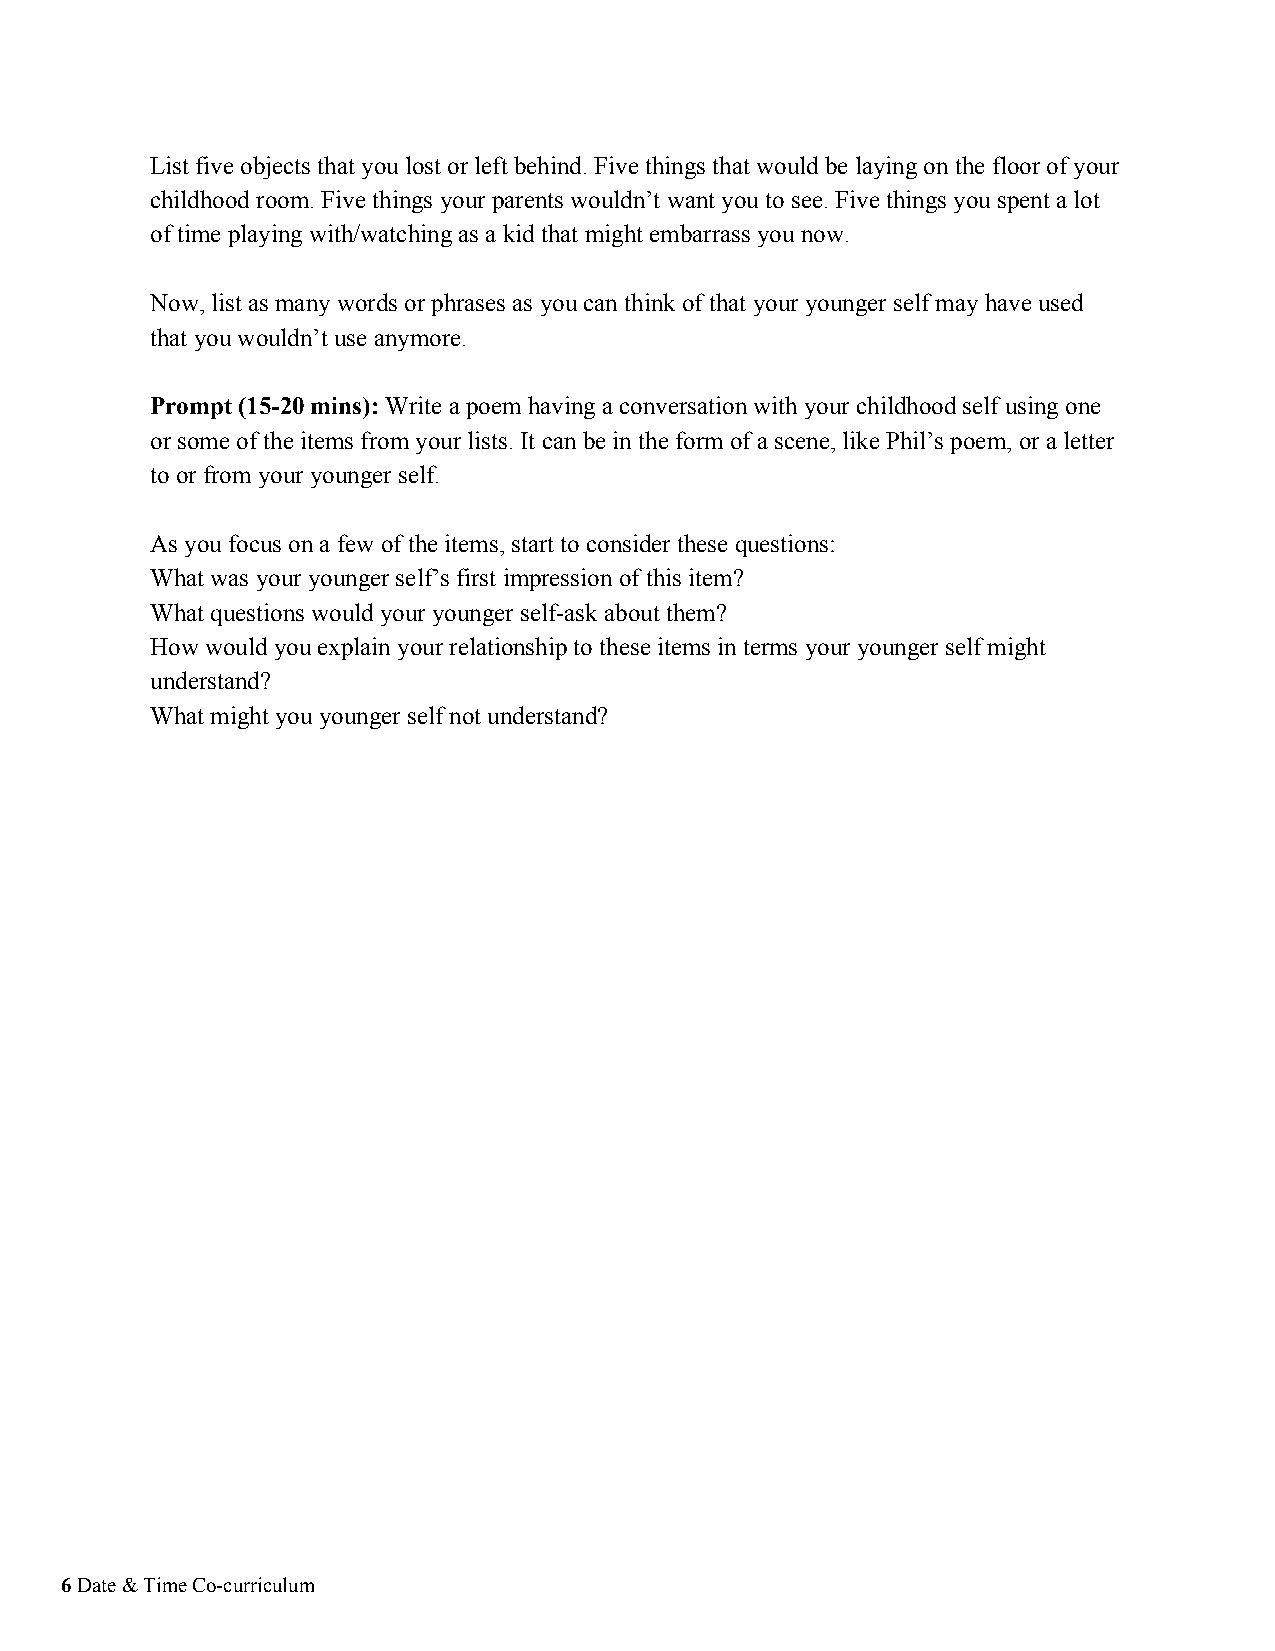
List five objects that you lost or left behind. Five things that would be laying on the floor of your
 childhood room. Five things your parents wouldn’t want you to see. Five things you spent a lot
 of time playing with/watching as a kid that might embarrass you now.
 Now, list as many words or phrases as you can think of that your younger self may have used
 that you wouldn’t use anymore.
 Prompt (15-20 mins): Write a poem having a conversation with your childhood self using one
 ​​
 or some of the items from your lists. It can be in the form of a scene, like Phil’s poem, or a letter
 to or from your younger self.
 As you focus on a few of the items, start to consider these questions:
 What was your younger self’s first impression of this item?
 What questions would your younger self-ask about them?
 How would you explain your relationship to these items in terms your younger self might
 understand?
 What might you younger self not understand?
 6 Date & Time Co-curriculum
 ​​